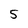
Character: 5